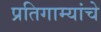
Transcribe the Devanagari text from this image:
प्रतिगाम्यांचे